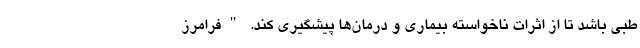
طبی باشد تا از اثرات ناخواسته بیماری و درمان‌ها پیشگیری کند. "فرامرز